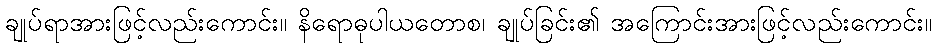
ချုပ်ရာအားဖြင့်လည်းကောင်း။ နိရောဓုပါယတောစ၊ ချုပ်ခြင်း၏ အကြောင်းအားဖြင့်လည်းကောင်း။